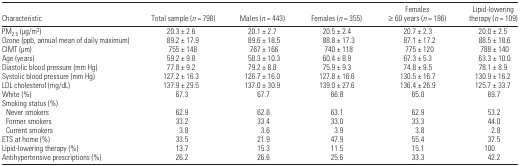
<table><thead><tr><td><b>Characteristic</b></td><td><b>Total sample (<i>n</i> = 798)</b></td><td><b>Males (<i>n</i> = 443)</b></td><td><b>Females (<i>n</i> = 355)</b></td><td><b>Females ≥60 years (<i>n</i> = 186)</b></td><td><b>Lipid-lowering therapy (<i>n</i> = 109)</b></td></tr></thead><tbody><tr><td>PM<sub>2.5</sub> (μg/m<sup>3</sup>)</td><td>20.3 ± 2.6</td><td>20.1 ± 2.7</td><td>20.5 ± 2.4</td><td>20.7 ± 2.3</td><td>20.0 ± 2.5</td></tr><tr><td>Ozone (ppb, annual mean of daily maximum)</td><td>89.2 ± 17.9</td><td>89.6 ± 18.5</td><td>88.8 ± 17.3</td><td>87.1 ± 17.2</td><td>88.5 ± 18.6</td></tr><tr><td>CIMT (μm)</td><td>755 ± 148</td><td>767 ± 166</td><td>740 ± 118</td><td>775 ± 120</td><td>788 ± 140</td></tr><tr><td>Age (years)</td><td>59.2 ± 9.8</td><td>58.3 ± 10.3</td><td>60.4 ± 8.9</td><td>67.3 ± 5.3</td><td>63.3 ± 10.0</td></tr><tr><td>Diastolic blood pressure (mm Hg)</td><td>77.8 ± 9.2</td><td>79.2 ± 8.8</td><td>75.9 ± 9.3</td><td>74.8 ± 9.5</td><td>78.1 ± 8.9</td></tr><tr><td>Systolic blood pressure (mm Hg)</td><td>127.2 ± 16.3</td><td>126.7 ± 16.0</td><td>127.8 ± 16.6</td><td>130.5 ± 16.7</td><td>130.9 ± 16.2</td></tr><tr><td>LDL cholesterol (mg/dL)</td><td>137.9 ± 29.5</td><td>137.0 ± 30.9</td><td>139.0 ± 27.6</td><td>136.4 ± 26.9</td><td>125.7 ± 33.7</td></tr><tr><td>White (%)</td><td>67.3</td><td>67.7</td><td>66.8</td><td>65.0</td><td>69.7</td></tr><tr><td colspan="6">Smoking status (%)</td></tr><tr><td> Never smokers</td><td>62.9</td><td>62.8</td><td>63.1</td><td>62.9</td><td>53.2</td></tr><tr><td> Former smokers</td><td>33.2</td><td>33.4</td><td>33.0</td><td>33.3</td><td>44.0</td></tr><tr><td> Current smokers</td><td>3.8</td><td>3.6</td><td>3.9</td><td>3.8</td><td>2.8</td></tr><tr><td>ETS at home (%)</td><td>33.5</td><td>21.9</td><td>47.9</td><td>55.4</td><td>37.5</td></tr><tr><td>Lipid-lowering therapy (%)</td><td>13.7</td><td>15.3</td><td>11.5</td><td>15.1</td><td>100</td></tr><tr><td>Antihypertensive prescriptions (%)</td><td>26.2</td><td>26.6</td><td>25.6</td><td>33.3</td><td>42.2</td></tr></tbody></table>